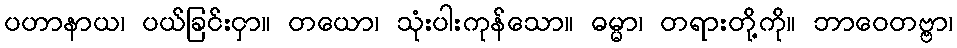
ပဟာနာယ၊ ပယ်ခြင်းငှာ။ တယော၊ သုံးပါးကုန်သော။ ဓမ္မာ၊ တရားတို့ကို။ ဘာဝေတဗ္ဗာ၊